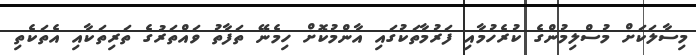
މިސާލަކަށް މުސްލިމުންގެ ކުރެހުމާއި ފަރުމާތަކުގައި އާންމުކޮށް ހިމެނޭ ތަފާތު ވައްތަރުގެ ތަރިތަކާއި އެތަކެތި